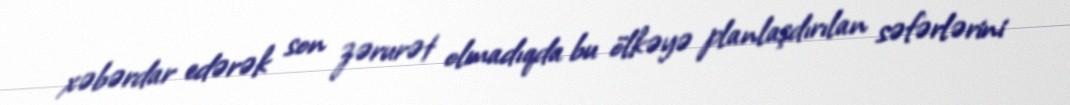
xəbərdar edərək son zərurət olmadıqda bu ölkəyə planlaşdırılan səfərlərini